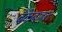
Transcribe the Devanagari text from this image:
बँकेबाबत